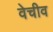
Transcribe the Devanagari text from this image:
वेचीव